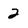
Character: 2